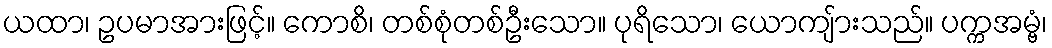
ယထာ၊ ဥပမာအားဖြင့်။ ကောစိ၊ တစ်စုံတစ်ဦးသော။ ပုရိသော၊ ယောကျ်ားသည်။ ပက္ကအမ္ဗံ၊